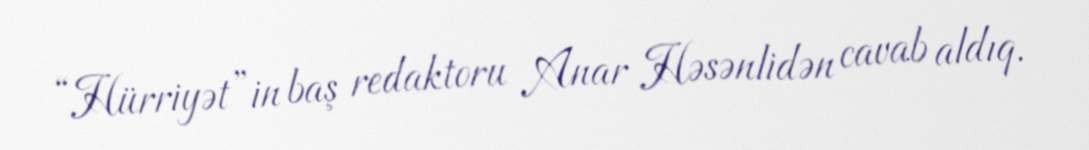
“Hürriyət”in baş redaktoru Anar Həsənlidən cavab aldıq.